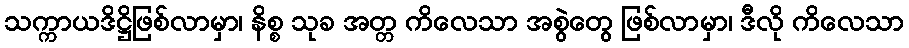
သက္ကာယဒိဋ္ဌိဖြစ်လာမှာ၊ နိစ္စ သုခ အတ္တ ကိလေသာ အစွဲတွေ ဖြစ်လာမှာ၊ ဒီလို ကိလေသာ